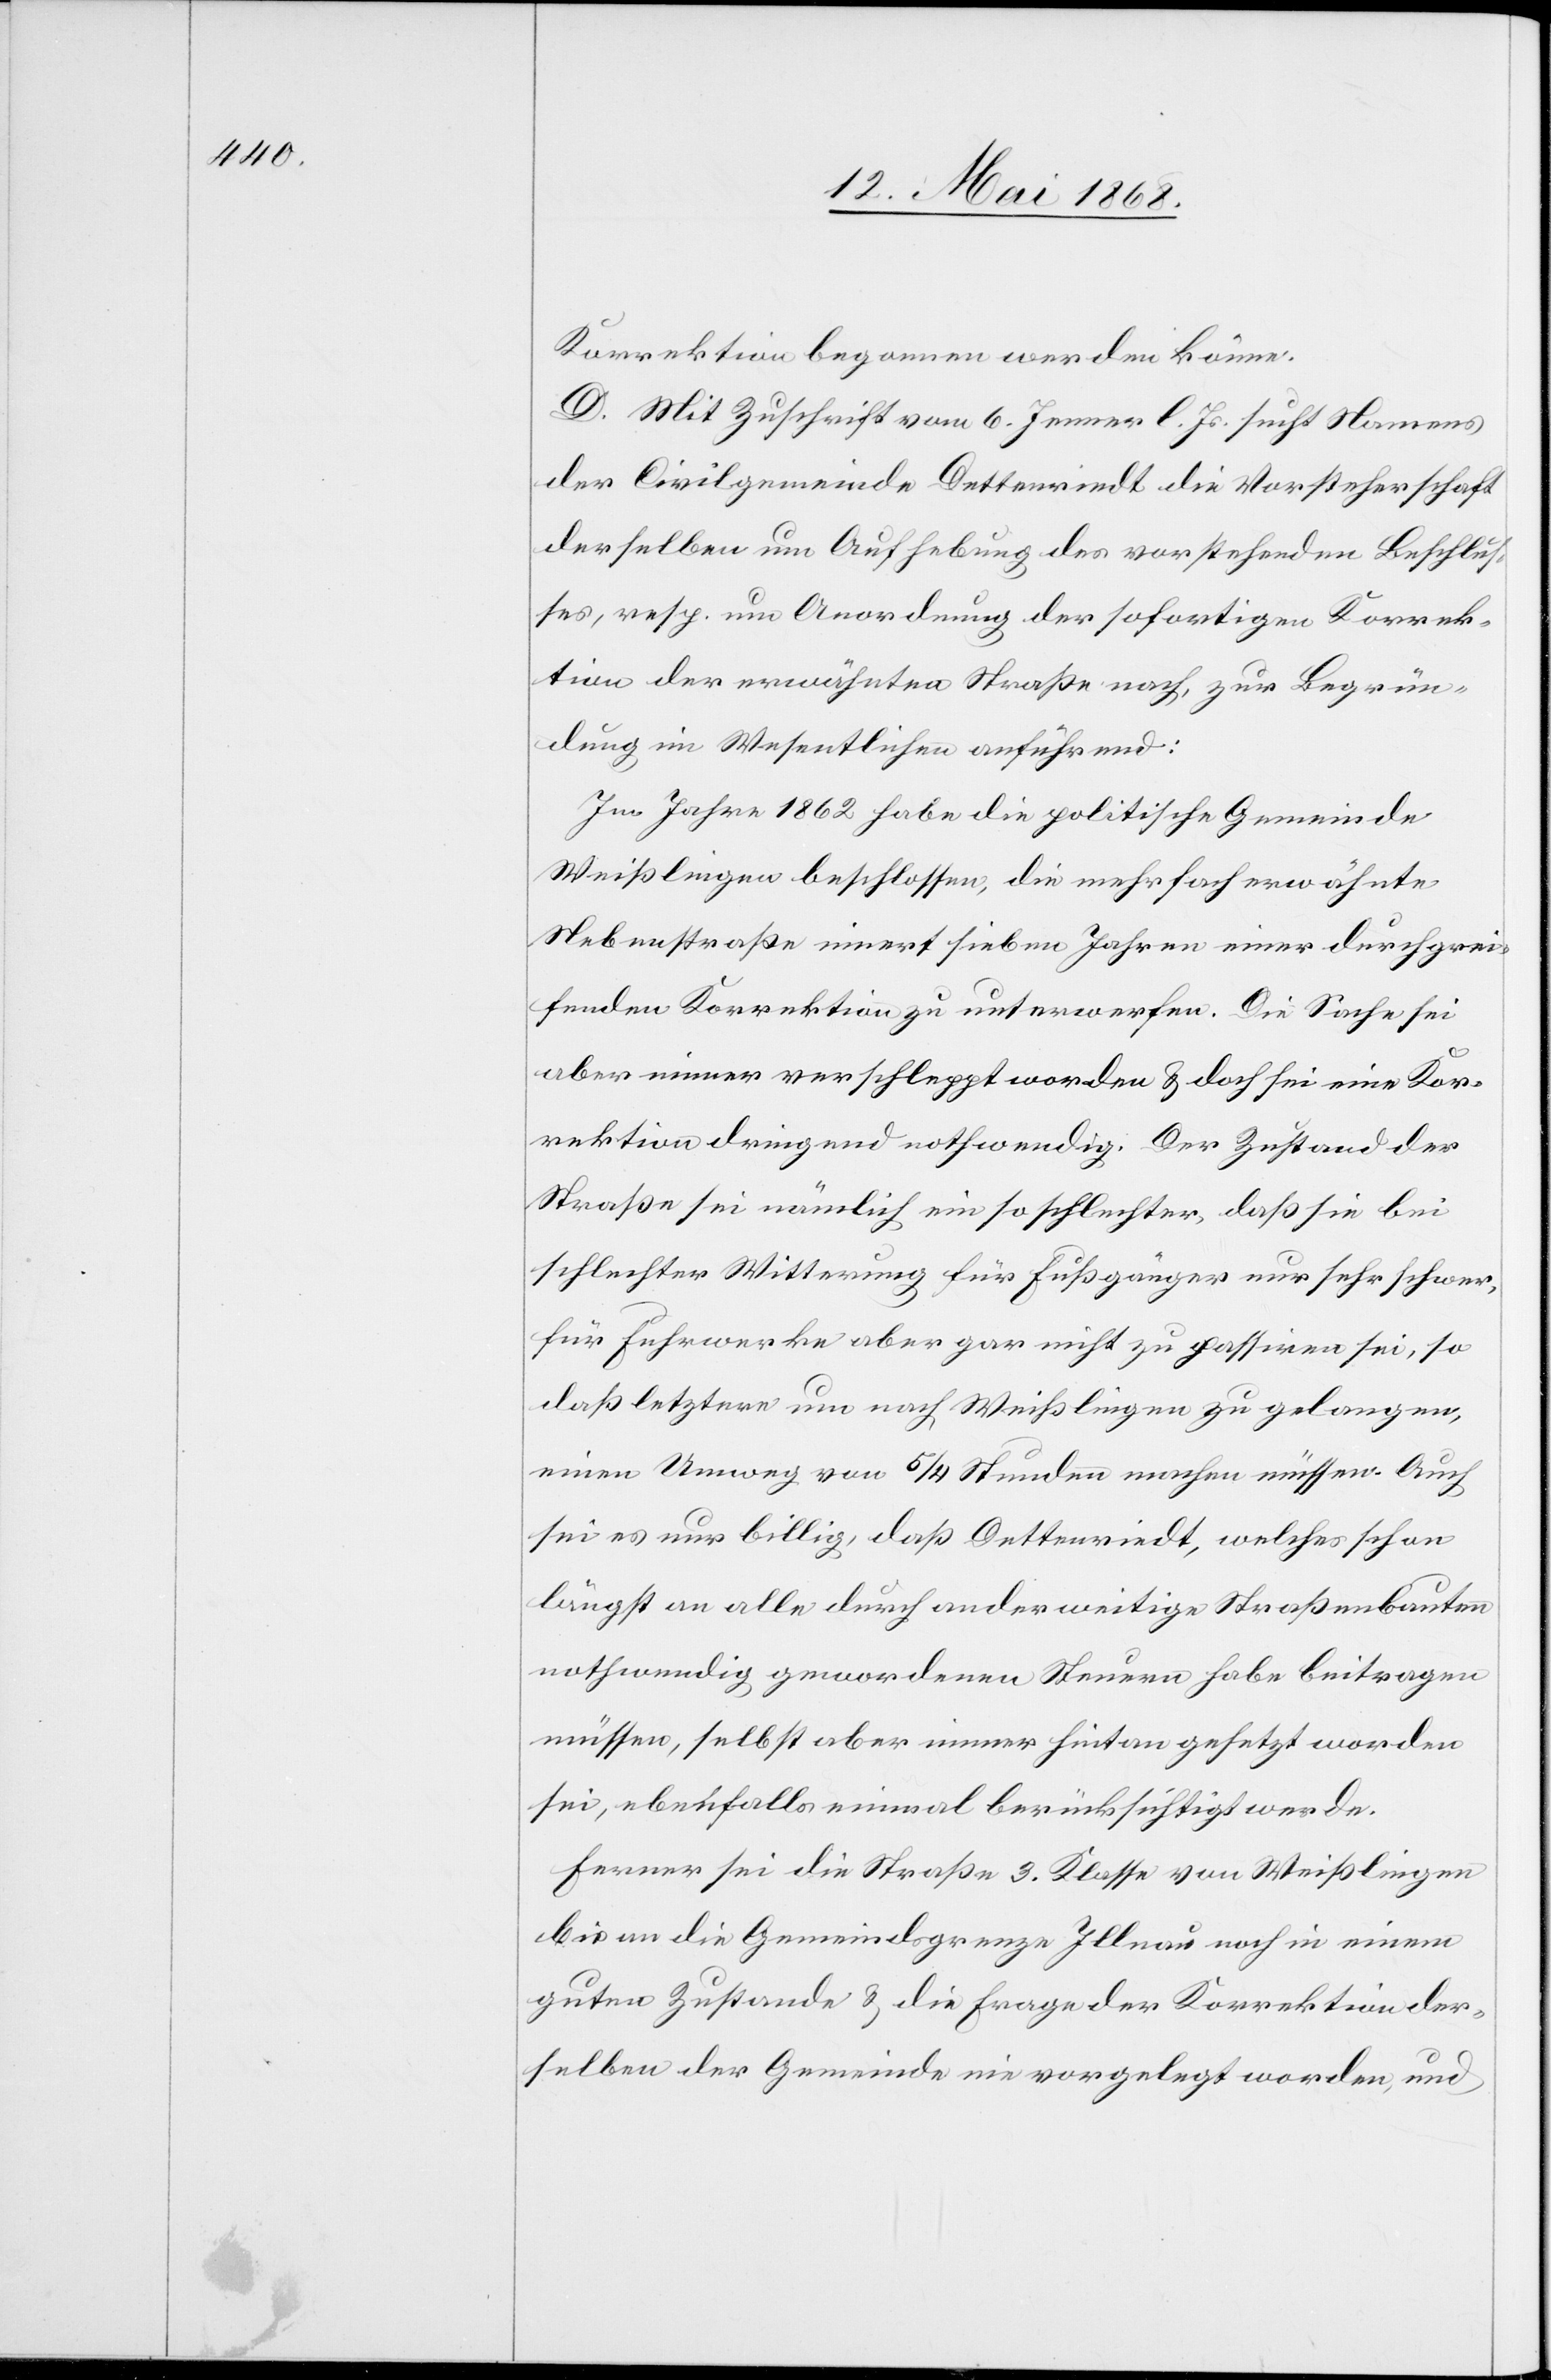
Korrektion begonnen werden könne.
D. Mit Zuschrift vom 6. Jenner l. Js. sucht Namens
der Civilgemeinde Dettenriedt die Vorsteherschaft
derselben um Aufhebung des vorstehenden Beschlus¬
ses, resp. um Anordnung der sofortigen Korrek¬
tion der erwähnten Straße nach, zur Begrün¬
dung im Wesentlichen anführend:
Im Jahre 1862 habe die politische Gemeinde
Weißlingen beschlossen, die mehrfach erwähnte
Nebenstraße innert sieben Jahren einer durchgrei¬
fenden Korrektion zu unterwerfen. Die Sache sei
aber immer verschleppt worden & doch sei eine Kor¬
rektion dringend nothwendig. Der Zustand der
Straße sei nämlich ein so schlechter, daß sie bei
schlechter Witterung für Fußgänger nur sehr schwer,
für Fuhrwerke aber gar nicht zu passiren sei, so
daß letztere um nach Weißlingen zu gelangen,
einen Umweg von 5/4 Stunden machen müssen. Auch
sei es nur billig, daß Dettenriedt, welches schon
längst an alle durch anderweitige Straßenbauten
nothwendig gewordenen Steuern habe beitragen
müssen, selbst aber immer hintangesetzt worden
sei, ebenfalls einmal berücksichtigt werde.
Ferner sei die Straße 3. Klasse von Weißlingen
bis an die Gemeindsgrenze Illnau noch in einem
guten Zustande & die Frage der Korrektion der¬
selben der Gemeinde nie vorgelegt worden, und